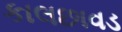
કાલછાવડ